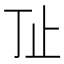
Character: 𰙚